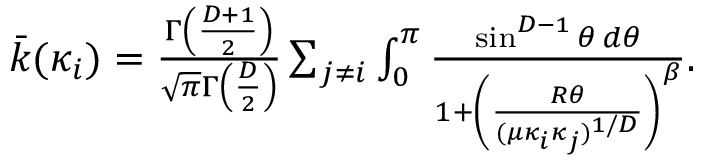
\begin{array} { r } { \bar { k } ( \kappa _ { i } ) = \frac { \Gamma \left( \frac { D + 1 } { 2 } \right) } { \sqrt { \pi } \Gamma \left( \frac { D } { 2 } \right) } \sum _ { j \neq i } \int _ { 0 } ^ { \pi } \frac { \sin ^ { D - 1 } \theta \, d \theta } { 1 + \left( \frac { R \theta } { ( \mu \kappa _ { i } \kappa _ { j } ) ^ { 1 / D } } \right) ^ { \beta } } . } \end{array}